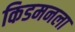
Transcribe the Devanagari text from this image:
किडमनला